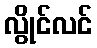
လွိုင်လင်